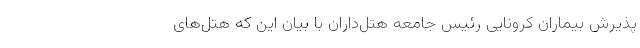
پذیرش بیماران کرونایی رئیس جامعه هتل‌داران با بیان این که هتل‌های